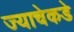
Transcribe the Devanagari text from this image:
ज्याचेकडे